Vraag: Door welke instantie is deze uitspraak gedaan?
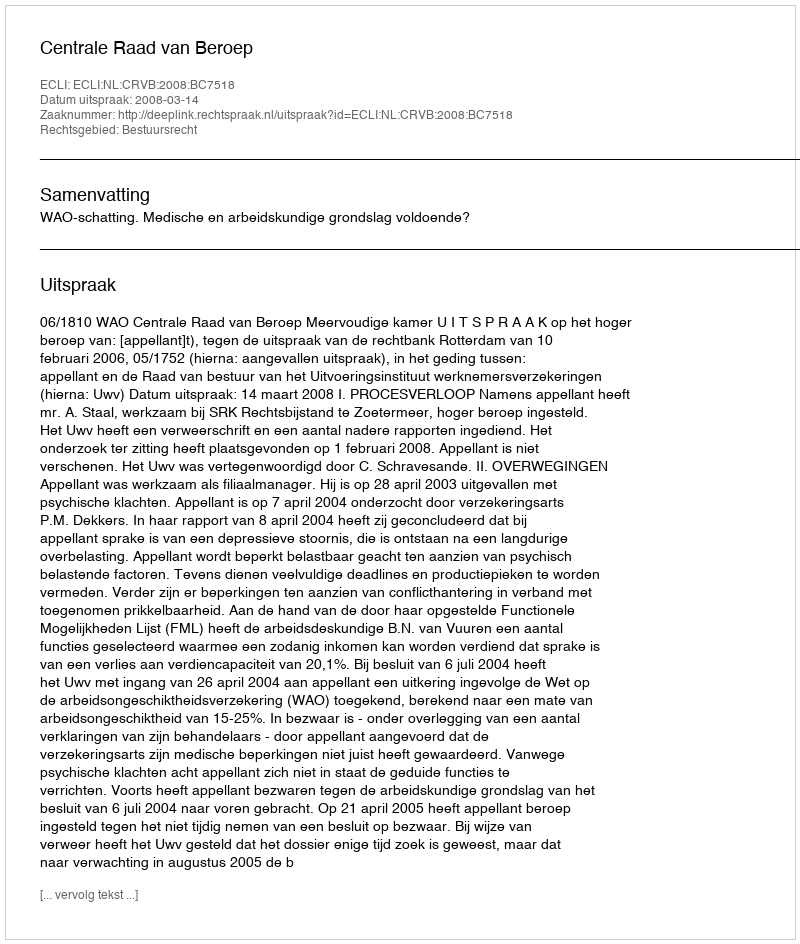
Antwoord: Centrale Raad van Beroep